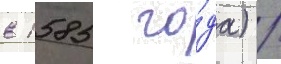
в 1585 го́да) /